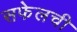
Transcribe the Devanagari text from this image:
सफेलची